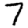
Digit: 7